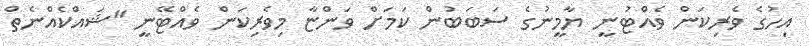
އިހުގެ ވެރިކަން ވެއްޓުނީ ޔާމީނުގެ ސަބަބުން ކަމަށް ވަންޏާ މިވެރިކަން ވެއްޓޭނީ "ޝައްކެއްނެތް